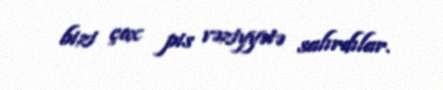
bizi çox pis vəziyyətə salırdılar.